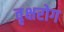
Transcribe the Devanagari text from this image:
वृक्षरोग